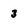
Character: 3